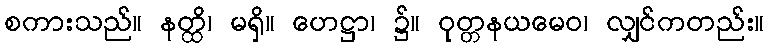
စကားသည်။ နတ္ထိ၊ မရှိ။ ဟေဋ္ဌာ၊ ၌။ ဝုတ္တနယမေဝ၊ လျှင်ကတည်း။